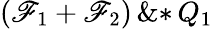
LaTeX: \left(\! \, {{\mathscr{F}}_{1}}+{{\mathscr{F}}_{2}}\, \! \right)\, \mathrm{{\& *}}\, {{Q}_{1}}